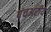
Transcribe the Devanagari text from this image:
पंचअरीय